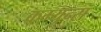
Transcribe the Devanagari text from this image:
कम्युन्स